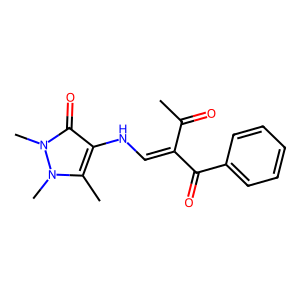
SMILES: CC(=O)C(=CNc1c(C)n(C)n(C)c1=O)C(=O)c1ccccc1
Inhibits HIV replication: No